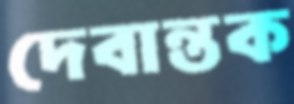
দেবান্তক